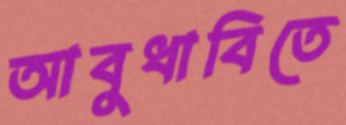
আবুধাবিতে